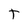
Character: T